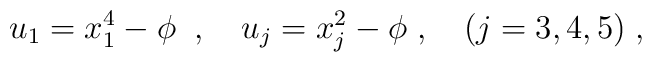
u_1= x_1^4-\phi \;\; , \quad u_j=x_j^2-\phi \; , \quad(j=3,4,5)\; ,